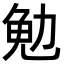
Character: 𪟟